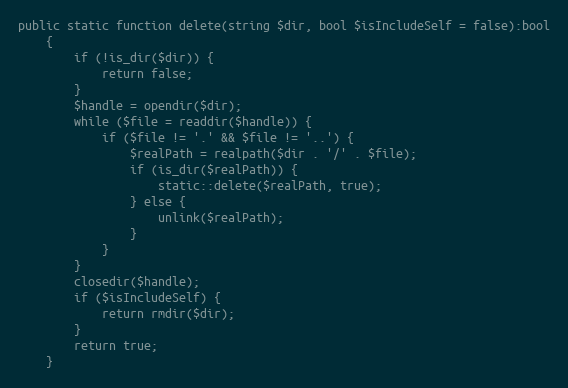
Language: PHP
public static function delete(string $dir, bool $isIncludeSelf = false):bool
    {
        if (!is_dir($dir)) {
            return false;
        }
        $handle = opendir($dir);
        while ($file = readdir($handle)) {
            if ($file != '.' && $file != '..') {
                $realPath = realpath($dir . '/' . $file);
                if (is_dir($realPath)) {
                    static::delete($realPath, true);
                } else {
                    unlink($realPath);
                }
            }
        }
        closedir($handle);
        if ($isIncludeSelf) {
            return rmdir($dir);
        }
        return true;
    }